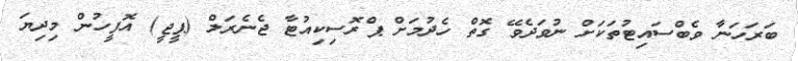
ބަރަހަނާ ވެބްސައިޓުތަކަށް ނުވަދެވޭ ގޮތް ހެދުމަށް ޕްރޮސިކިއުޓާ ޖެނެރަލް (ޕީޖީ) އޮފީހުން މިދިޔަ